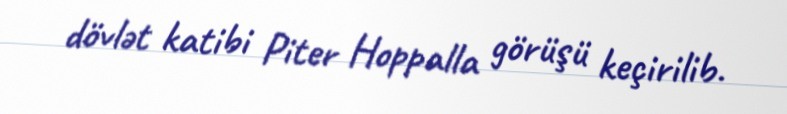
dövlət katibi Piter Hoppalla görüşü keçirilib.